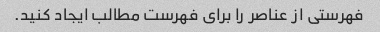
فهرستی از عناصر را برای فهرست مطالب ایجاد کنید.